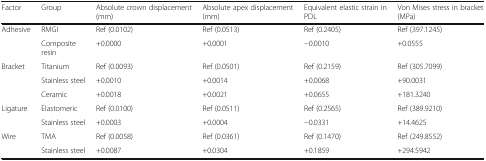
| Factor | Group | Absolute crown displacement (mm) | Absolute apex displacement (mm) | Equivalent elastic strain in PDL | Von Mises stress in bracket (MPa) |
 | --- | --- | --- | --- | --- | --- |
 | Adhesive | RMGI | Ref (0.0102) | Ref (0.0513) | Ref (0.2405) | Ref (397.1245) |
 |  | Composite resin | +0.0000 | +0.0001 | −0.0010 | +0.0555 |
 | Bracket | Titanium | Ref (0.0093) | Ref (0.0501) | Ref (0.2159) | Ref (305.7099) |
 |  | Stainless steel | +0.0010 | +0.0014 | +0.0068 | +90.0031 |
 |  | Ceramic | +0.0018 | +0.0021 | +0.0655 | +181.3240 |
 | Ligature | Elastomeric | Ref (0.0100) | Ref (0.0511) | Ref (0.2565) | Ref (389.9210) |
 |  | Stainless steel | +0.0003 | +0.0004 | −0.0331 | +14.4625 |
 | Wire | TMA | Ref (0.0058) | Ref (0.0361) | Ref (0.1470) | Ref (249.8552) |
 |  | Stainless steel | +0.0087 | +0.0304 | +0.1859 | +294.5942 |